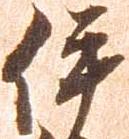
伊